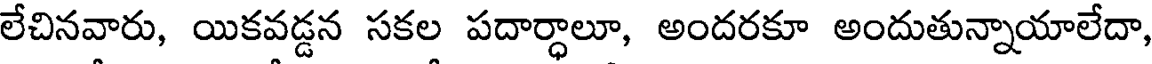
లేచినవారు, యికవడ్డన సకల పదార్ధాలూ, అందరకూ అందుతున్నాయాలేదా,